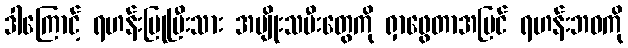
ဒါကြောင့် ရဟန်းပြုပြီးသား အမျိုးသမီးတွေကို ရှာဖွေတာအပြင် ရဟန်းဘဝကို